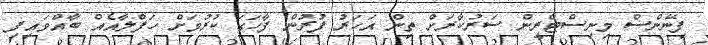
ފިނޭންސް މިނިސްޓްރީން ސަރުކާރަށް ތިން އަހަރު ފުރުން ފާހަގަ ކުރުމަށް ހަފްލާއެއް ބާއްވައިފި